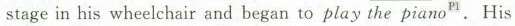
stage in his wheelchair and began to play the piano^{p1}.His